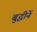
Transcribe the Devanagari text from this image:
बुद्धीनें